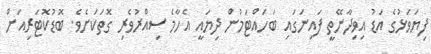
ފިޔަވަޅުގެ އަޑު އިވިދާނޭތީ ފައިނަގައި ބަހައްޓަމުން ދިޔައީ އެހާމެ ސިއްރުވެރި ގޮތަކަށެވެ. ބޮޑުކޮޓަރިއަށް